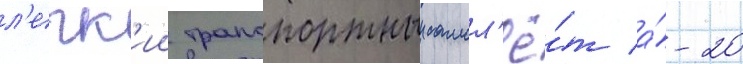
л'егк'ии транспортныи самол'ё́т а́-20